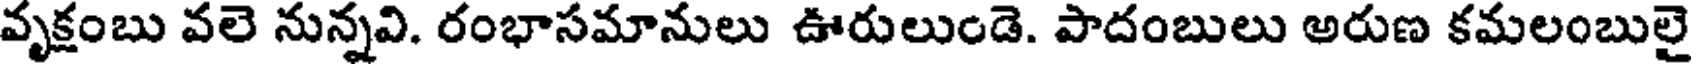
వృక్షంబు వలె నున్నవి. రంభాసమానులు ఊరులుండె. పాదంబులు అరుణ కమలంబులై